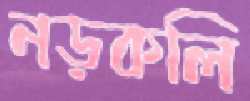
নড়কলি